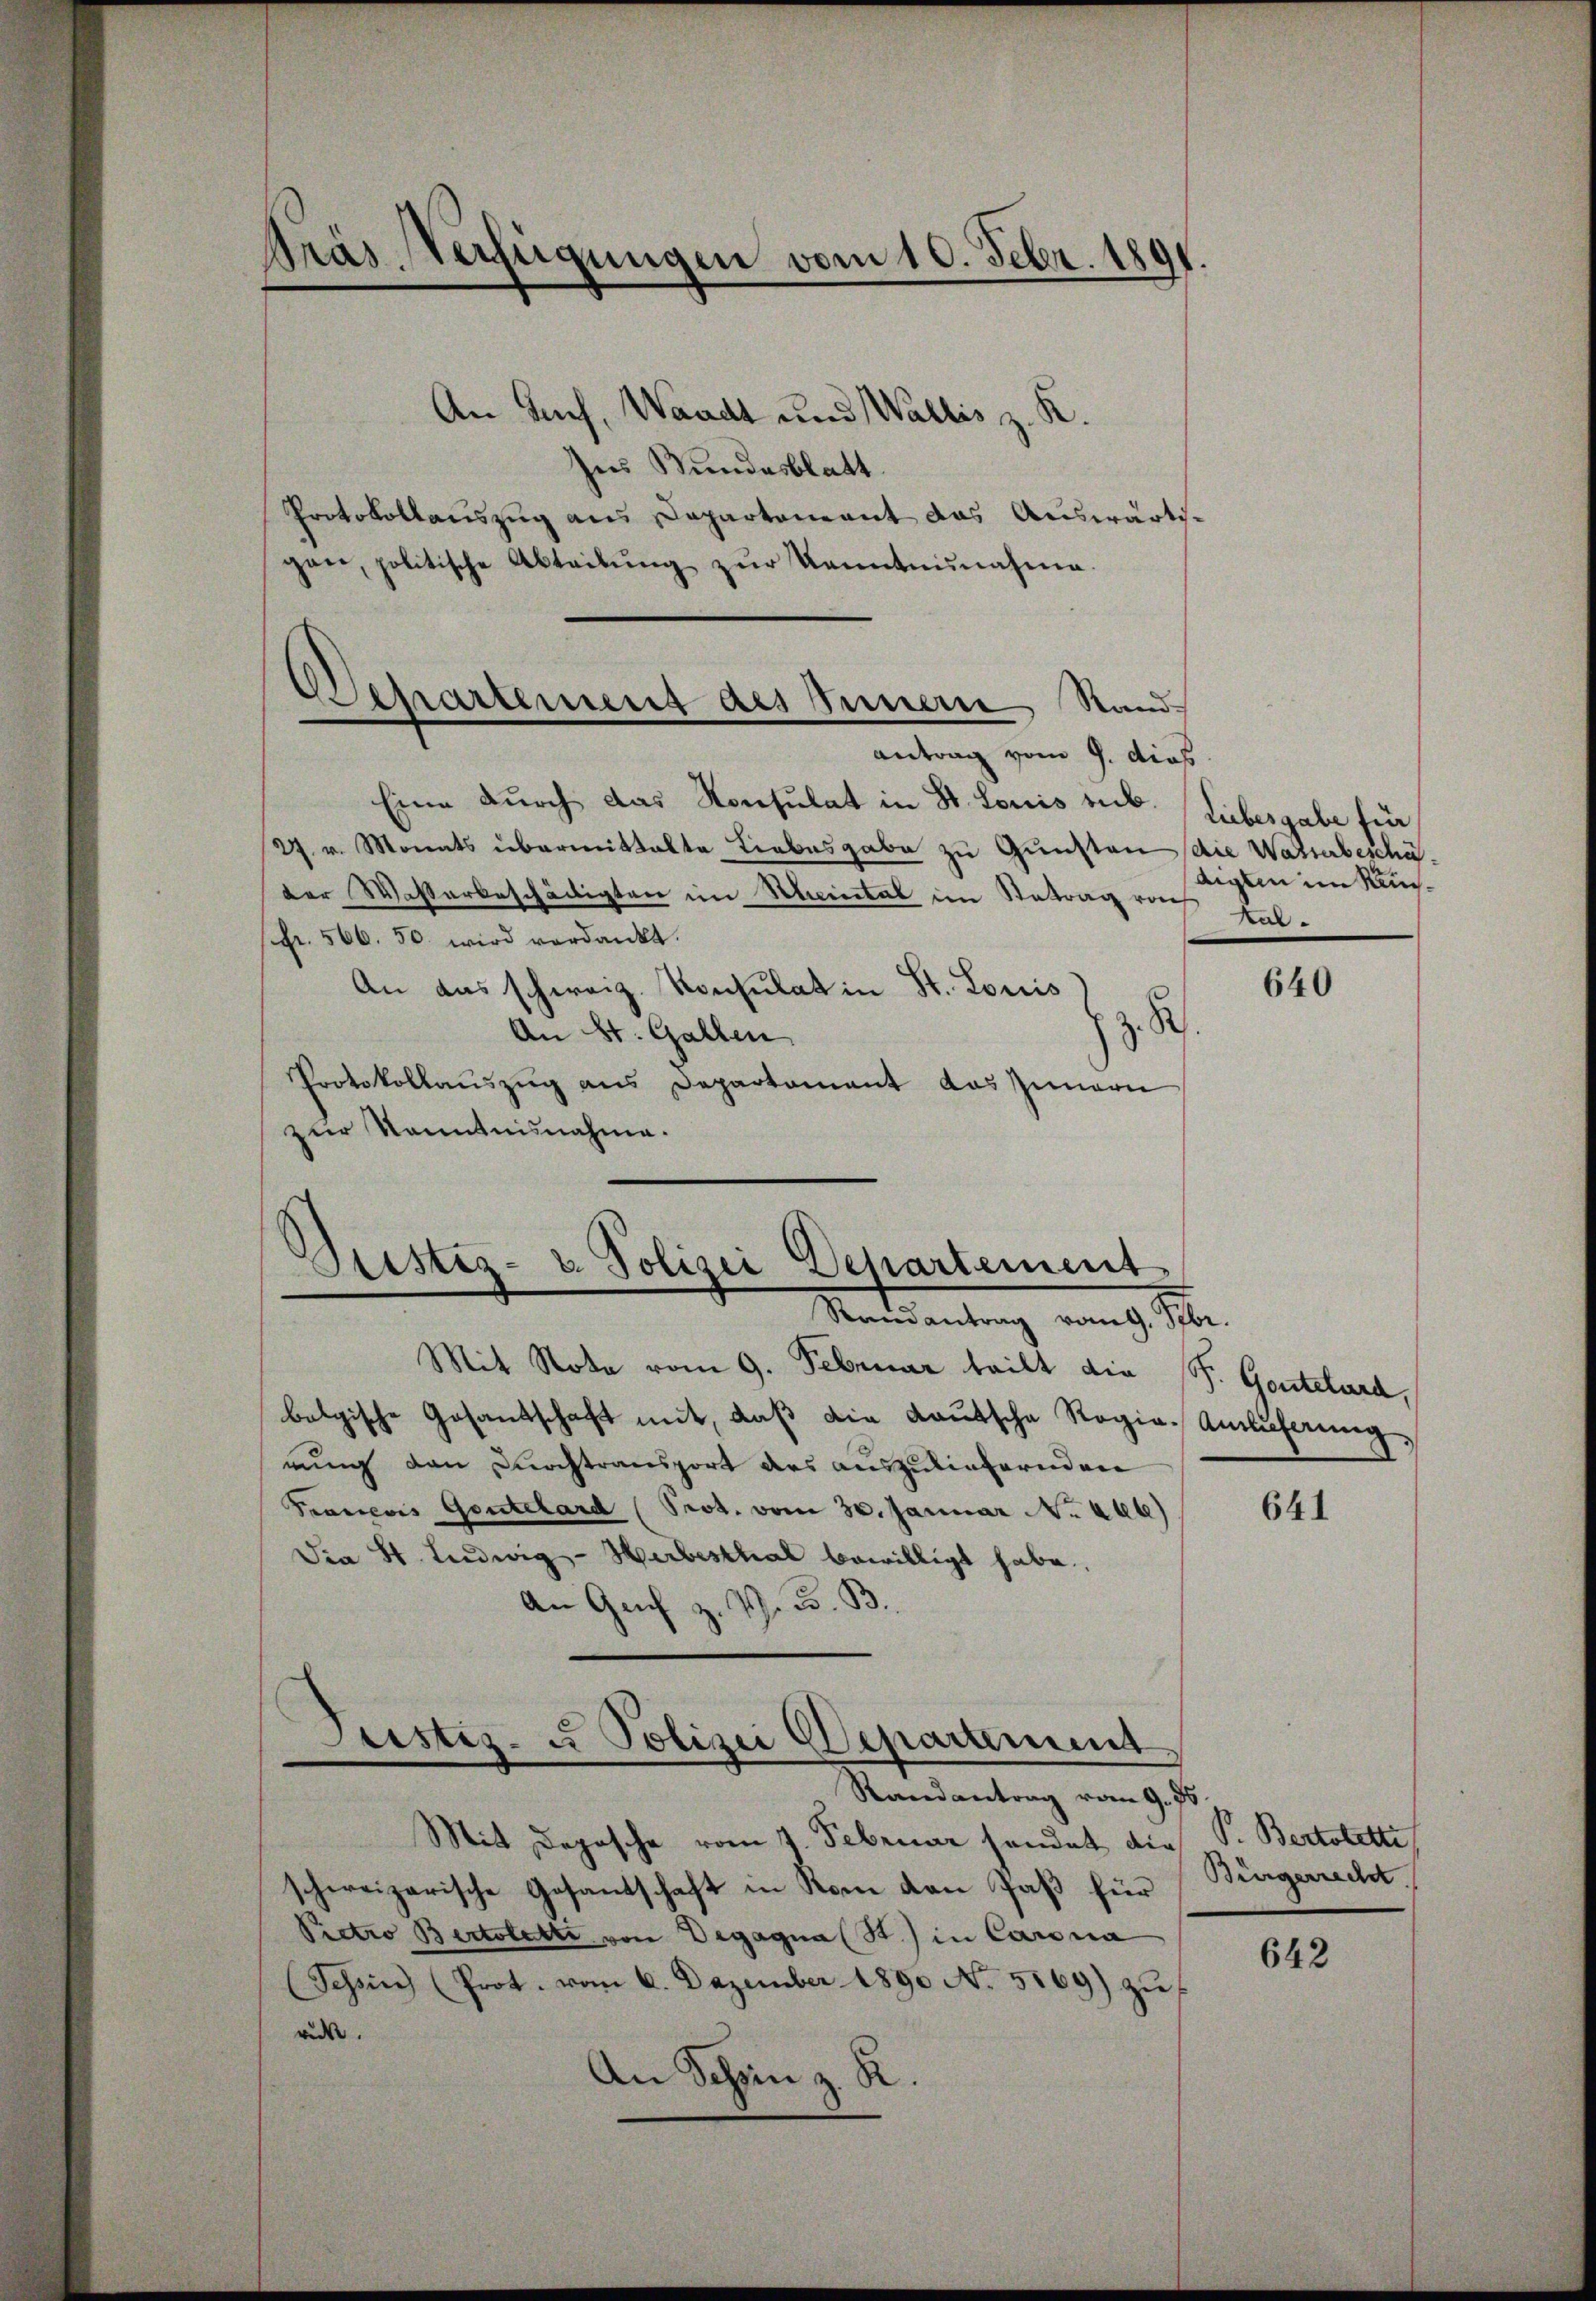
Pras Verfügungen vom 10. Febr. 1891.

Separtement des Innern Stand

An Tuch, Waadt und Wallis z. K.
Ins Wundesblatt.
Protokollauszug aus Departement das Auswärtigen, politische Abteilŭng zŭr Kenntnŭnahme.
antrag vom 9. dies
Eine durch das Konsulat in St. Louis sub.
27. v. Monats übermittalte Liebesgabe zu Gunsten die Wasserbeschäder Wasserbeschädigten im Rheintal im Retrag roch
sfr. 566. 50. wird verdankt.
An das schweiz. Konsulat in St. Louis
z. S
An St. Gallen
Protokollauszug aus Departament das Innern
zur Kenntnisnahme.

Grestiz- & Polizei Departement
Mandantung durch M.

Justiz- u Polizei Departement

Liebesgabe für
digten im Kan¬
Kal¬

Mit Note vom 9. Februar teilt die (S. Gontelard,
belgische Gesandschaft mit, daß die Lautsche Regie-Amluferung,
nung den Durchtransport des auszuliefernden
Francois Gantelard (Prot. vom 30. Januar No. 266)
Dia St. Ludwig-Herbesthal bewilligt habe,
An Genf z. Z. B. B.

Randantrag vom 9. Js.
Mit Depesche vom 7. Februar sendet, die
schweizerische Gesandschaft in Rom den Paß für
Pictro Bertolette von Degagna (St.) in Carna
(Schein (Prot. vom 6. Dezember 1890 No. 5169) zu
ruk.
An Schen z. R.

640

641

P. Bertolette
Bürgerrecht.

642